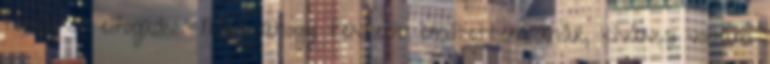
tanácsot elfogadni." Mint ahogy fentebb említettem már, kíváncsi voltam